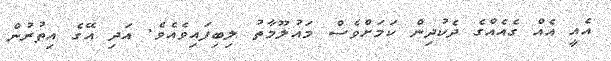
އެއީ އެއް ގެއެއްގެ ދެކުދިން ކަމަށްވެސް މައުލޫމާތު ލިބިފައިވެއެވެ. އަދި އޭގެ އިތުރުން